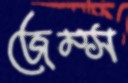
জেম্স